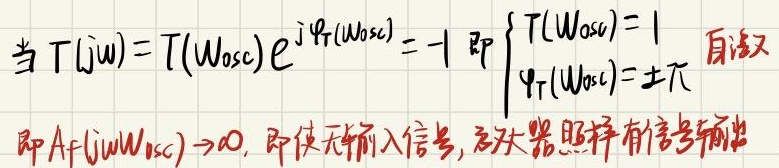
当\(T(j\omega)=T(\omega_{osc})e^{j\varphi_T(\omega_{osc})}=- 1\)即\(\begin{cases}T(\omega_{osc}) = 1\\\varphi_T(\omega_{osc})=\pm\pi\end{cases}\)时，自激即\(A_f(j\omega\omega_{osc})>0\)，此时即使无输入信号，放大器照样有信号输出。